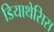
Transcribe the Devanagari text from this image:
डियाथेसिस